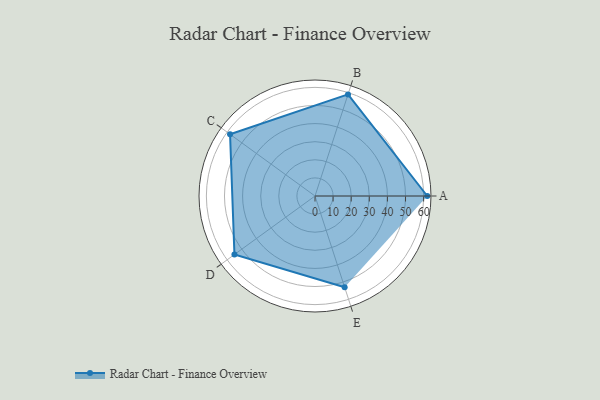
{"axis": {"x": "Skill", "y": "Score"}, "legend": ["Profile"], "data": [{"x": "A", "y": 62.0, "type": "Profile"}, {"x": "B", "y": 59.0, "type": "Profile"}, {"x": "C", "y": 58.0, "type": "Profile"}, {"x": "D", "y": 55.0, "type": "Profile"}, {"x": "E", "y": 53.0, "type": "Profile"}]}